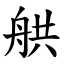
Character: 舼